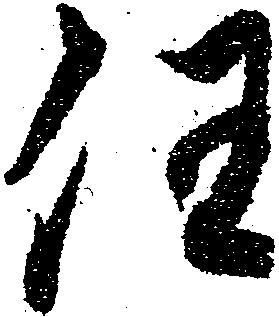
任